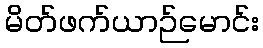
မိတ်ဖက်ယာဉ်မောင်း